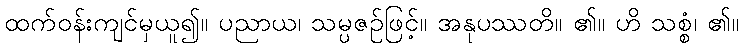
ထက်ဝန်းကျင်မှယူ၍။ ပညာယ၊ သမ္ပဇဉ်ဖြင့်။ အနုပဿတိ။ ၏။ ဟိ သစ္စံ၊ ၏။